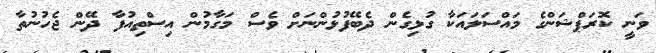
ވަނީ ކޮރަޕްޝަންގެ މައްސަލައަކާ ގުޅިގެން ދެބޭފުޅުންނަށް ވެސް މަގާމުން އިސްތިއުފާ ދޭން ޖެހުނުތާ